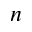
n